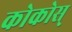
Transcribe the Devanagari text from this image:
कोकोस्